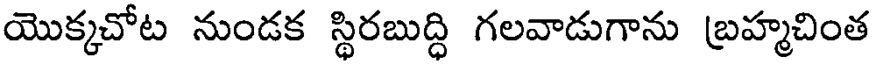
యొక్కచోట నుండక స్థిరబుద్ధి గలవాడుగాను బ్రహ్మచింత